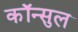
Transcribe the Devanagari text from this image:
कॉन्सुल